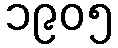
၁၉၀၅